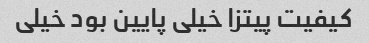
کیفیت پیتزا خیلی پایین بود خیلی